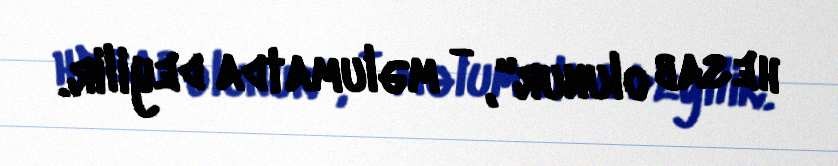
hesab olunur", - məlumatda deyilir.